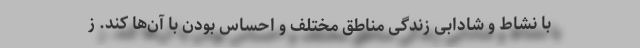
با نشاط و شادابی زندگی مناطق مختلف و احساسِ‌ بودن با آن‌ها کند. ز